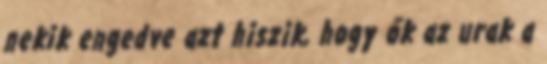
nekik engedve azt hiszik, hogy ők az urak a